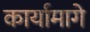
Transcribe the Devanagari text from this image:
कार्यामागे